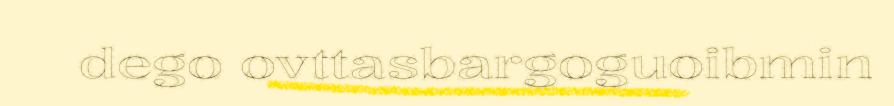
dego ovttasbargoguoibmin